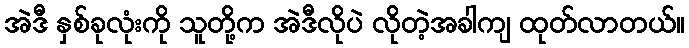
အဲဒီ နှစ်ခုလုံးကို သူတို့က အဲဒီလိုပဲ လိုတဲ့အခါကျ ထုတ်လာတယ်။